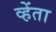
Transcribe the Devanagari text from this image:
व्हेंता